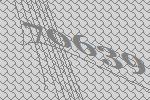
70639